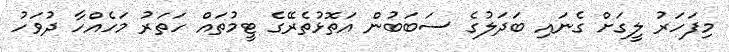
މިފަހަރު ލީގަށް ގެނައި ބަދަލުގެ ސަބަބުން އަތޮޅުތެރޭގެ ޓީމުތައް ހަތަރު މަހެއްހާ ދުވަހު